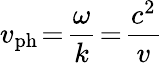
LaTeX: v_{\mathrm{ph}}\! =\! \frac{\omega}{k}\! =\! \frac{c^{2}}{v}